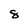
Character: 8